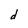
Character: d